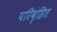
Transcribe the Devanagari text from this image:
परिबृंहित